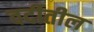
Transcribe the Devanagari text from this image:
वर्दीतील